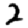
Digit: 2